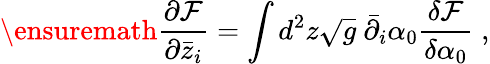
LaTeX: \ensuremath{\frac{\partial\mathcal F}{\partial\bar{z}_{i}}}=\int d^{2}z\sqrt{g}\ \bar{\partial}_{i}\alpha_{0}\frac{\delta\mathcal F}{\delta\alpha_{0}}\; ,